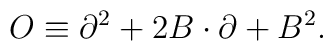
O\equiv\partial^{2}+2B\cdot\partial+B^{2}.